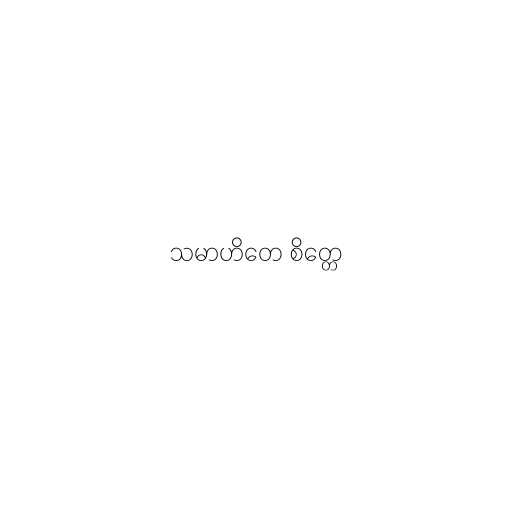
သမာဟိတေ စိတ္တေ